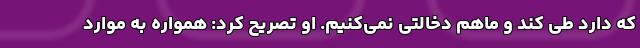
که دارد طی کند و ماهم دخالتی نمی‌کنیم. او تصریح کرد: همواره به موارد